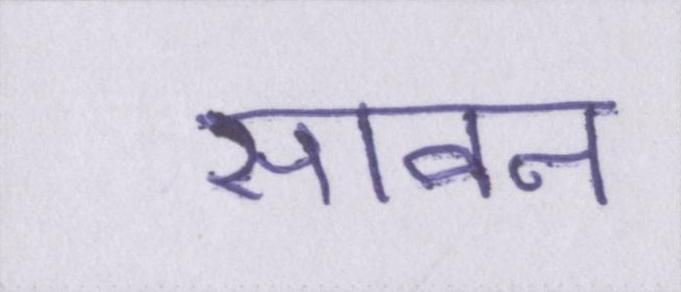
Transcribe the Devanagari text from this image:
सावन